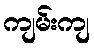
ကျမ်းကျ